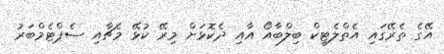
އޭގެ ތެރޭގައި އެތްލެޓިކް ބިލްބާއޯ އާއި ދެކޮޅަށް މިރޭ ކުޅޭ މެޗާއި ސެޕްޓެމްބަރު